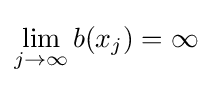
\lim _{j\to \infty }b(x_{j})=\infty